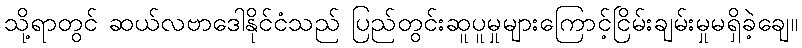
သို့ရာတွင် ဆယ်လဗာဒေါနိုင်ငံသည် ပြည်တွင်းဆူပူမှုများကြောင့်ငြိမ်းချမ်းမှုမရှိခဲ့ချေ။